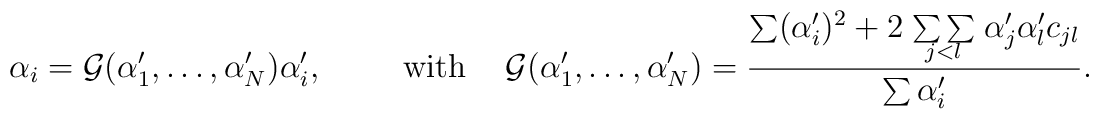
\alpha_i={\cal{G}}(\alpha'_1, \ldots , \alpha'_N) \alpha'_i,\hspace{10mm} \mbox{with} \hspace{5mm}{\cal{G}}(\alpha'_1, \ldots , \alpha'_N)=\frac{\sum(\alpha'_i)^2+2\!\begin{array}{c} {} \\[-3mm] {\sum\sum} \\[-3mm] {}_{j<l} \end{array}          \! \alpha'_j \alpha'_l c_{jl}}      {\sum\alpha'_i} .